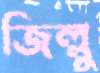
জিল্লু